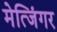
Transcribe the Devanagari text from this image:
मेत्जिंगर